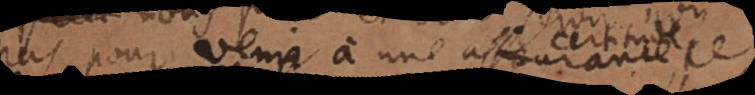
pas pour venir à une asseurance,,